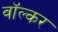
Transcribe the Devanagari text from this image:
वॉल्कर